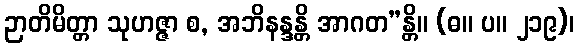
ဉာတိမိတ္တာ သုဟဇ္ဇာ စ, အဘိနန္ဒန္တိ အာဂတ”န္တိ။ (ဓ။ ပ။ ၂၁၉)၊